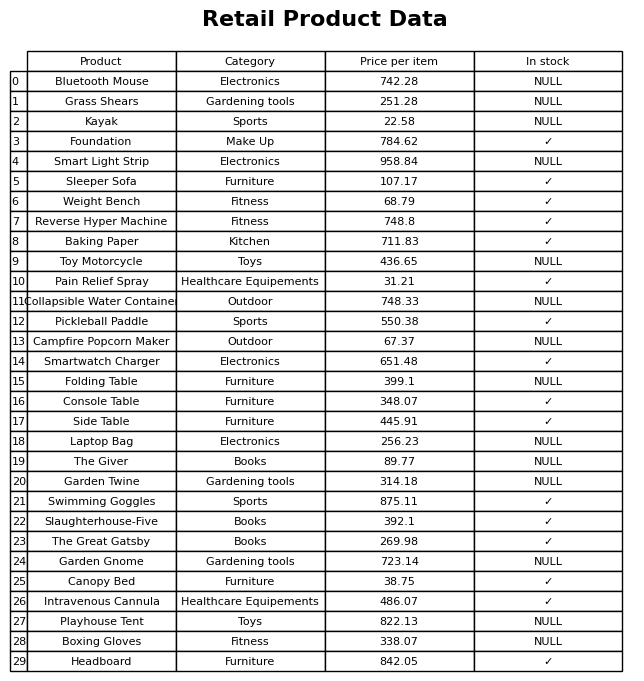
question: What is the price for Sleeper Sofa?
answer: The price of Sleeper Sofa is 107.17.